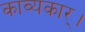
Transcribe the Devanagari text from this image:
काव्यकार्।